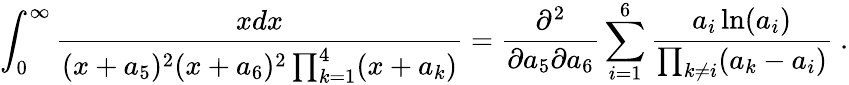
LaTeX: \int_{0}^{\infty}{\frac{xdx}{(x+a_{5})^{2}(x+a_{6})^{2}\prod_{k=1}^{4}(x+a_{k})}}={\frac{\partial^{2}}{\partial a_{5}\partial a_{6}}}\sum_{i=1}^{6}{\frac{a_{i}\ln(a_{i})}{\prod_{k\ne i}(a_{k}-a_{i})}}\ .